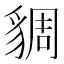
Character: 𧳜